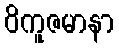
ဝိကူဇမာနာ